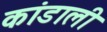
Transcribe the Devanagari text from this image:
कांडाली